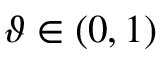
\vartheta \in ( 0 , 1 )